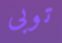
توبى